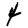
Digit: 4